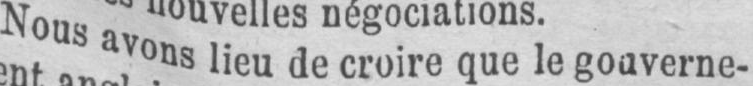
Nous avons lieu de croire quele gouverne-